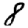
Digit: 8